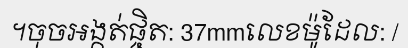
។ចុចអង្កត់ផ្ចិត: 37mmលេខម៉ូដែល: /